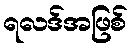
ရလဒ်အဖြစ်